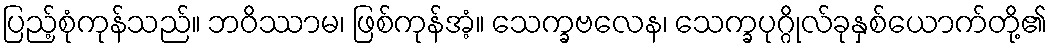
ပြည့်စုံကုန်သည်။ ဘဝိဿာမ၊ ဖြစ်ကုန်အံ့။ သေက္ခဗလေန၊ သေက္ခပုဂ္ဂိုလ်ခုနှစ်ယောက်တို့၏